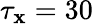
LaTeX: \tau_{\mathbf{x}}=30